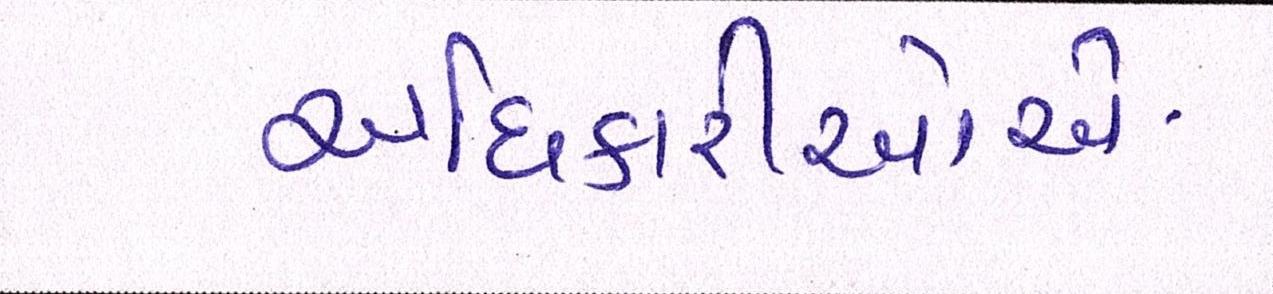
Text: અધિકારીઓએ